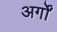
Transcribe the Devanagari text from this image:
अर्गों